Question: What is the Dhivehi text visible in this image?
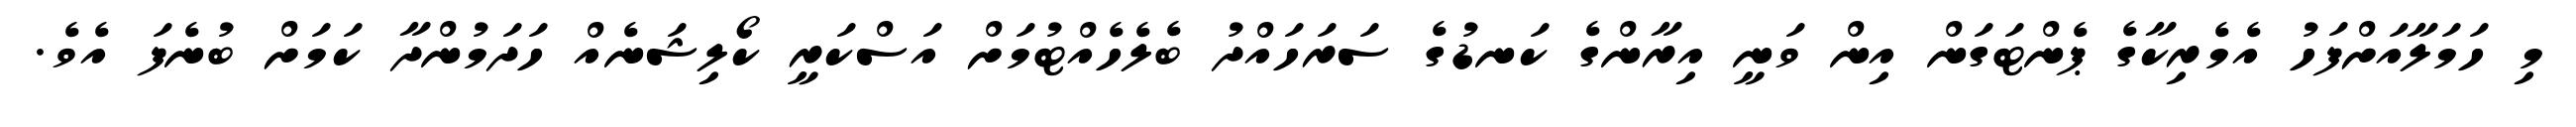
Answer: މި ހަމަލާއަށްފަހު އެމެރިކާގެ ޕެންޓަގަން އިން ވަނީ އިރާންގެ ކަނޑުގެ ސަރަހައްދު ބެލެހެއްޓުމަށް އަސްކަރީ ކޯލިޝަނެއް ހަދަމުންދާ ކަމަށް ބުނެފަ އެވެ.